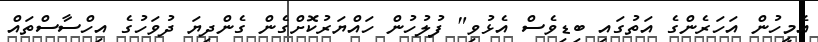
އެމީހުން އަހަރެންގެ އަތުގައި ބިޑިވެސް އެޅުވި" ފުލުހުން ހައްޔަރުކޮށްގެން ގެންދިޔަ ދުވަހުގެ އިހްސާސްތައް